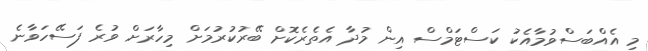
މި އެއްބަސްވުމާއެކު ކަސްޓަމްސް އިން މުދާ އެތެރެކޮށް ބޭރުކުރުމަށް މިހާރަށް ވުރެ ފަސޭހަވާނެ